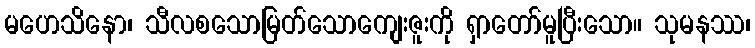
မဟေသိနော၊ သီလစသောမြတ်သောကျေးဇူးကို ရှာတော်မူပြီးသော။ သုမနဿ၊